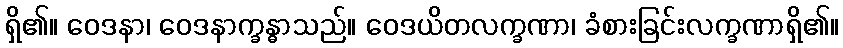
ရှိ၏။ ဝေဒနာ၊ ဝေဒနာက္ခန္ဓာသည်။ ဝေဒယိတလက္ခဏာ၊ ခံစားခြင်းလက္ခဏာရှိ၏။